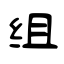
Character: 组